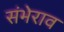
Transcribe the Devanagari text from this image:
संभेराव